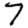
Digit: 7